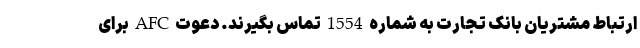
ارتباط مشتریان بانک تجارت به شماره 1554 تماس بگیرند. دعوت AFC برای